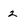
Character: 2